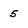
Character: 5